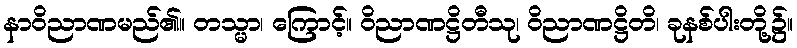
နာဝိညာဏမည်၏။ တသ္မာ၊ ကြောင့်။ ဝိညာဏဋ္ဌိတီသု၊ ဝိညာဏဋ္ဌိတိ၊ ခုနစ်ပါးတို့၌။